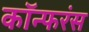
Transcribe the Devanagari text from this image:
कॉन्फरंस